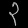
Digit: ၃